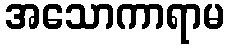
အသောကာရာမ